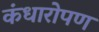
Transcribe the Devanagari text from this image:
कंधारोपण